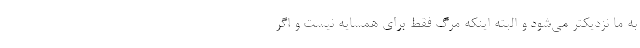
به ما نزدیکتر می‌شود و البته اینکه مرگ فقط برای همسایه نیست و اگر